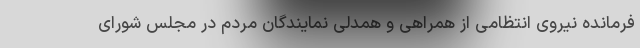
فرمانده نیروی انتظامی از همراهی و همدلی نمایندگان مردم در مجلس شورای